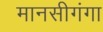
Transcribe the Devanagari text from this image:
मानसीगंगा